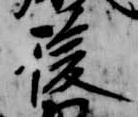
後